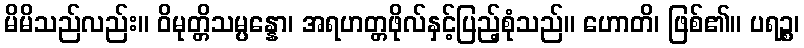
မိမိသည်လည်း။ ဝိမုတ္တိသမ္ပန္နော၊ အရဟတ္တဖိုလ်နှင့်ပြည့်စုံသည်။ ဟောတိ၊ ဖြစ်၏။ ပရဉ္စ၊